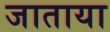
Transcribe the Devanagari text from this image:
जाताया